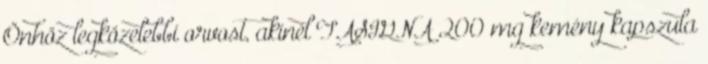
Önhöz legközelebbi orvost, akinél TASIGNA 200 mg kemény kapszula